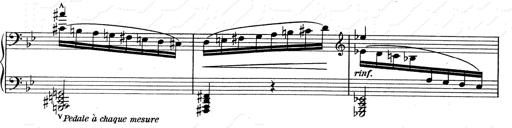
Title: RÃ©miniscences de Don Juan
Composer: Franz Liszt